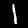
Label: 1